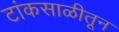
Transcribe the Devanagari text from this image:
टांकसाळीतून